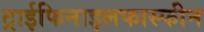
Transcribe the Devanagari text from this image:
ट्राईफिनाइलफास्फीन